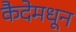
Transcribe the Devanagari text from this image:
कैदेमधून